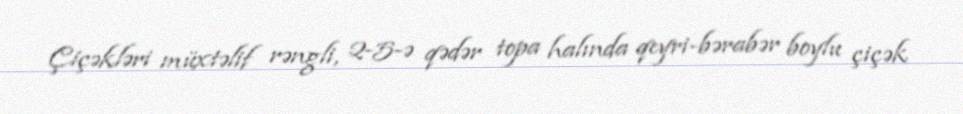
Çiçəkləri müxtəlif rəngli, 2-5-ə qədər topa halında qeyri-bərabər boylu çiçək